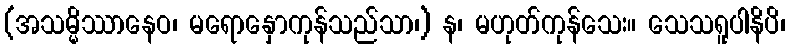
(အသမ္မိဿာနေဝ၊ မရောနှောကုန်သည်သာ၊) န၊ မဟုတ်ကုန်သေး။ သေသရူပါနိပိ၊